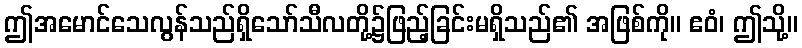
ဤအမောင်သေလွန်သည်ရှိသော်သီလတို့၌ဖြည့်ခြင်းမရှိသည်၏ အဖြစ်ကို။ ဧဝံ၊ ဤသို့။